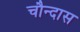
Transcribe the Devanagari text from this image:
चौन्दास